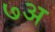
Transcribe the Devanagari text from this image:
७अ